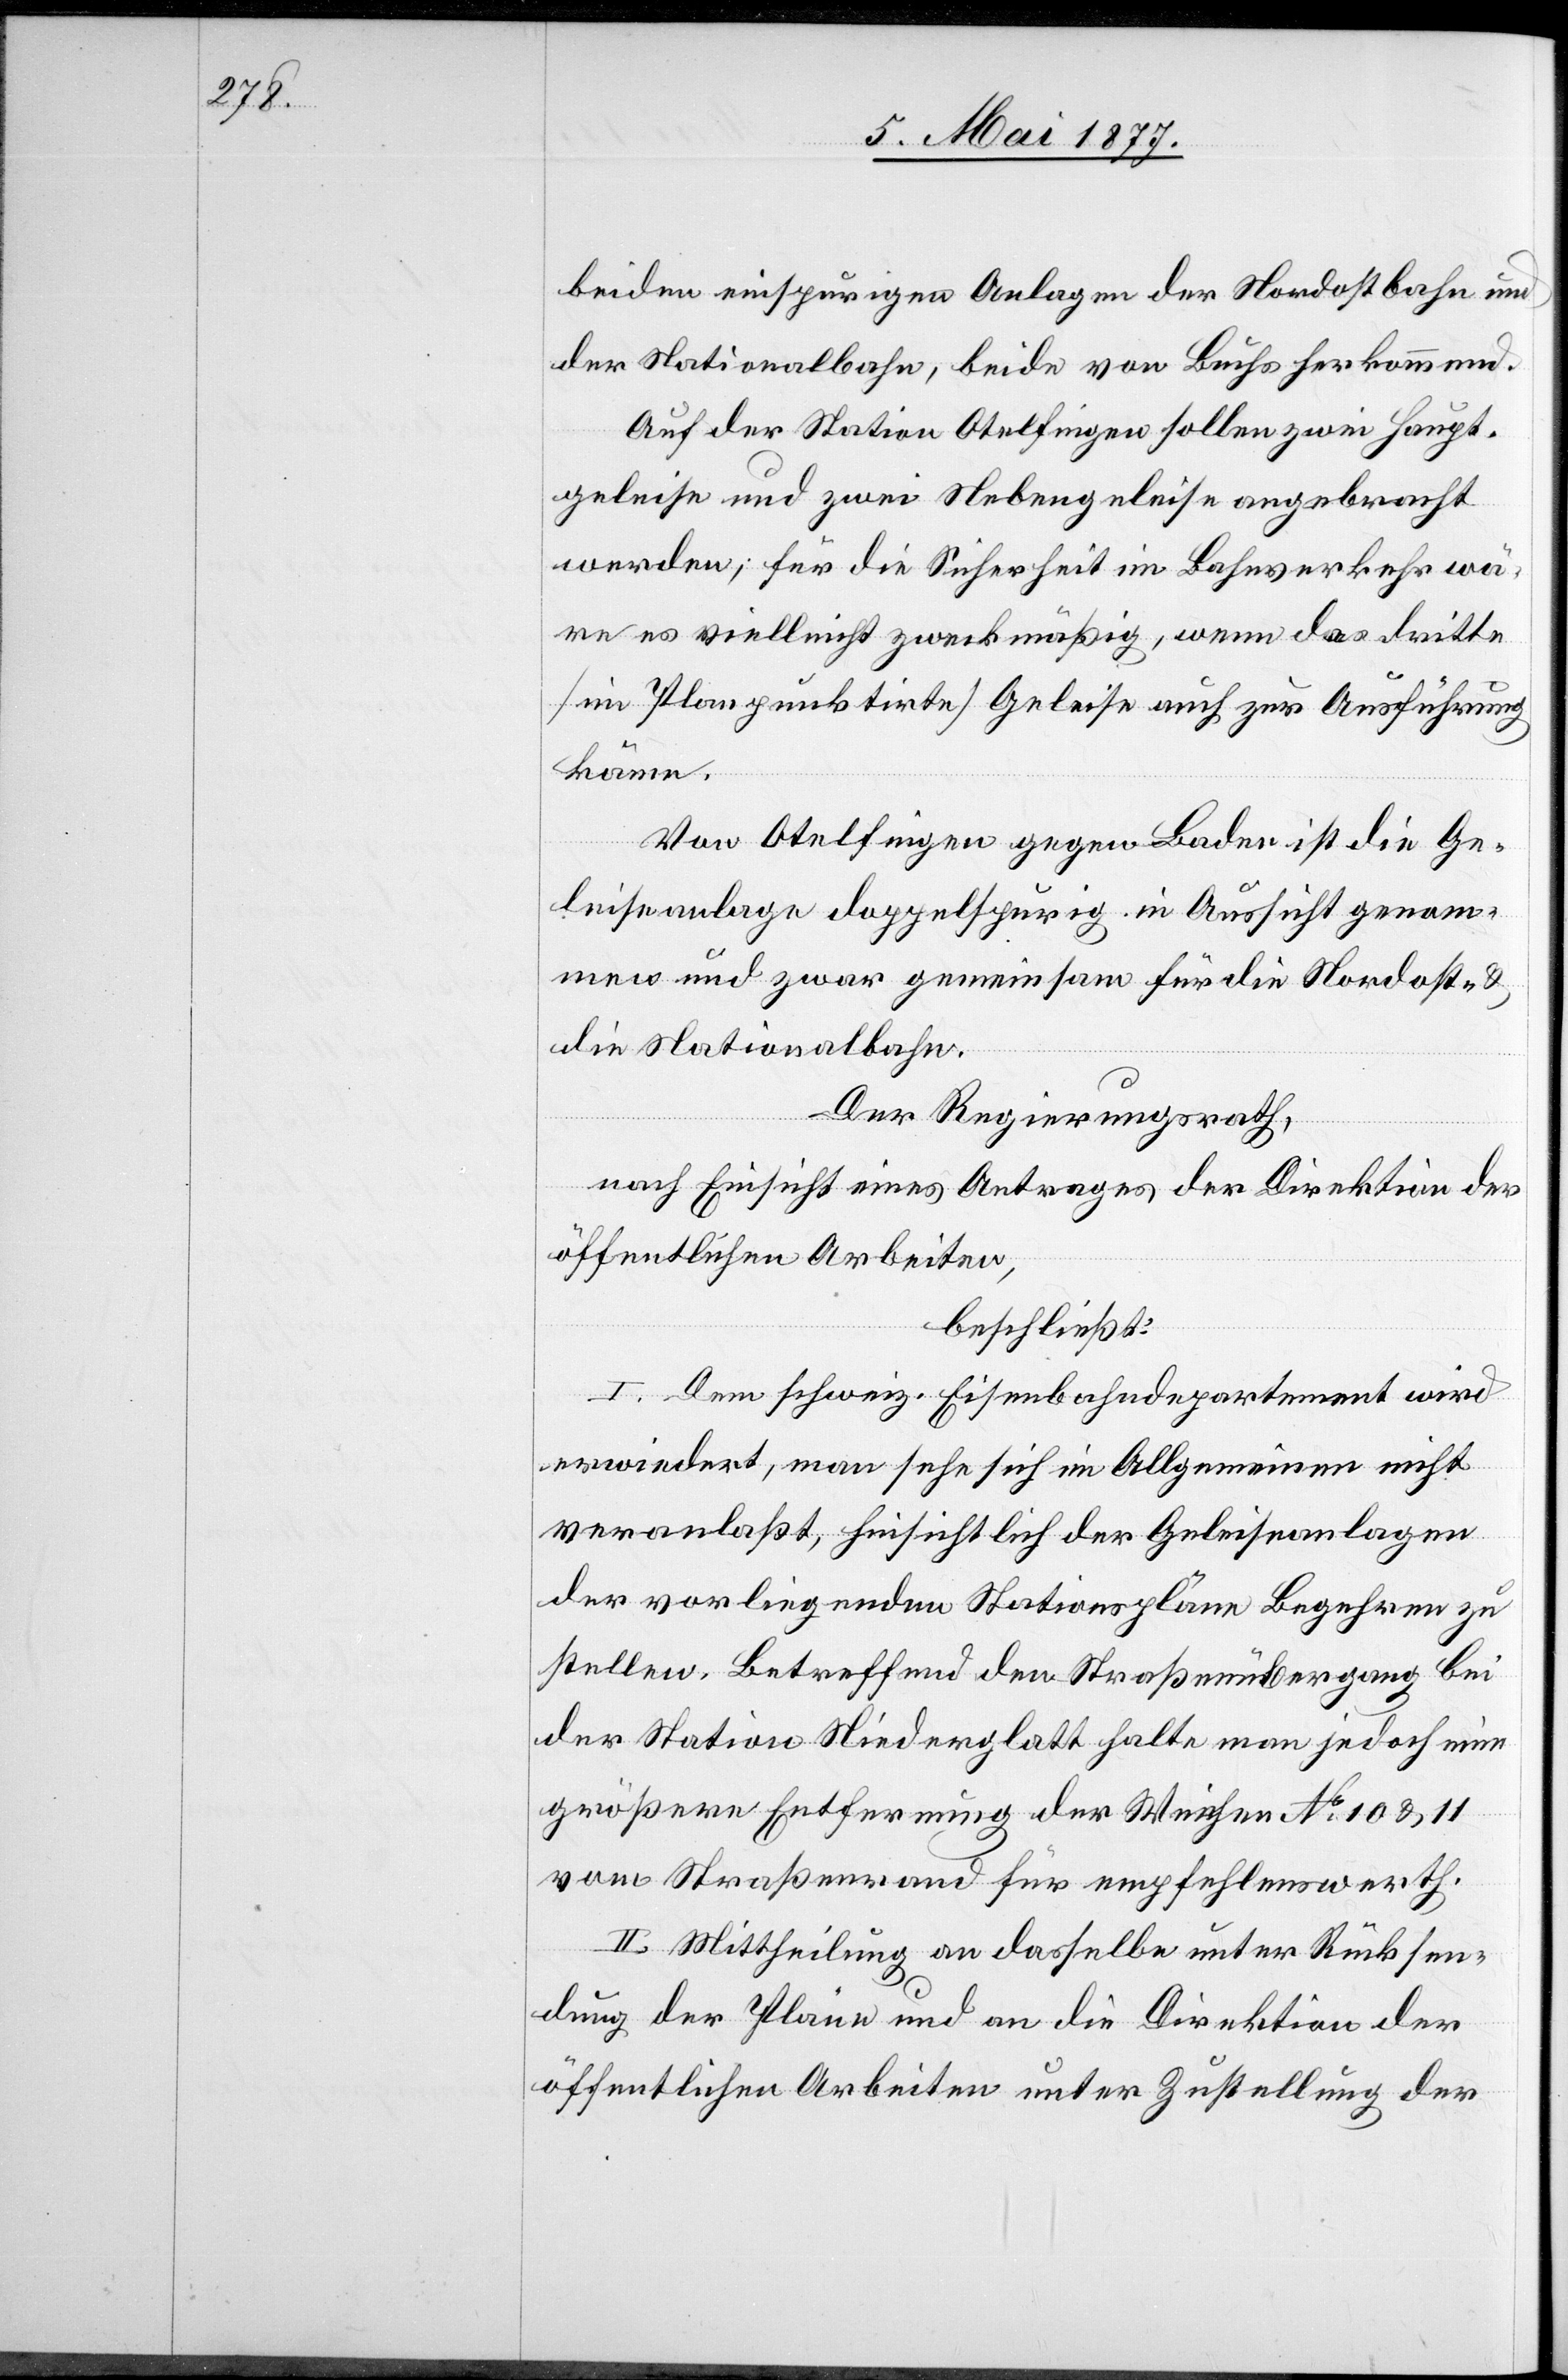
beiden einspurigen Anlagen der Nordostbahn und
der Nationalbahn, beide von Buchs herkommend.
Auf der Station Otelfingen sollen zwei Haupt¬
geleise und zwei Nebengeleise angebracht
werden; für die Sicherheit im Bahnverkehr wä¬
re es vielleicht zweckmäßig, wenn das dritte
[im Plan punktirte] Geleise auch zur Ausführung
käme.
Von Otelfingen gegen Baden ist die Ge¬
leiseanlage doppelspurig in Aussicht genom¬
men und zwar gemeinsam für die Nordost-
die Nationalbahn.
Der Regierungsrath,
nach Einsicht eines Antrages der Direktion der
öffentlichen Arbeiten,
beschließt:
I. Dem schweiz. Eisenbahndepartement wird
erwiedert, man sehe sich im Allgemeinen nicht
veranlaßt, hinsichtlich der Geleiseanlagen
der vorliegenden Stationspläne Begehren zu
stellen. Betreffend den Straßenübergang bei
der Station Niederglatt halte man jedoch eine
größere Entfernung der Weichen No 10 & 11
vom Straßenrand für empfehlenswerth.
II. Mittheilung an dasselbe unter Rücksen¬
dung der Pläne und an die Direktion der
öffentlichen Arbeiten unter Zustellung der